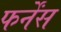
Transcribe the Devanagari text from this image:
फर्नेंस